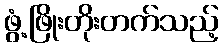
ဖွံ့ဖြိုးတိုးတက်သည့်